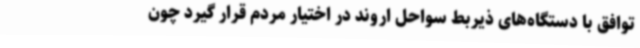
توافق با دستگاه‌های ذیربط سواحل اروند در اختیار مردم قرار گیرد چون